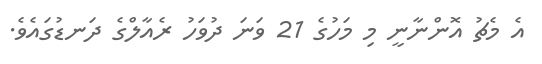
އެ މެޗު އޮންނާނީ މި މަހުގެ 21 ވަނަ ދުވަހު ރެއާލްގެ ދަނޑުގައެވެ.